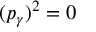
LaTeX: ( p _ { \gamma } ) ^ { 2 } = 0